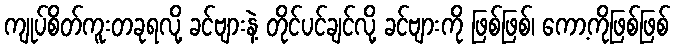
ကျုပ်စိတ်ကူးတခုရလို့ ခင်ဗျားနဲ့ တိုင်ပင်ချင်လို့ ခင်ဗျားကို ဖြစ်ဖြစ်၊ ကော့ကိုဖြစ်ဖြစ်